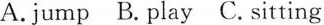
A.jump B. play C.sitting